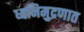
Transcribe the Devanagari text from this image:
ध्वनिमुद्रणात